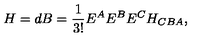
H = d B = \frac { 1 } { 3 ! } E ^ { A } E ^ { B } E ^ { C } H _ { C B A } ,